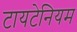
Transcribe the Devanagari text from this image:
टायटेनियम